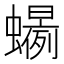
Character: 𲀍